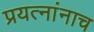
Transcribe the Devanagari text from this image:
प्रयत्नांनाच